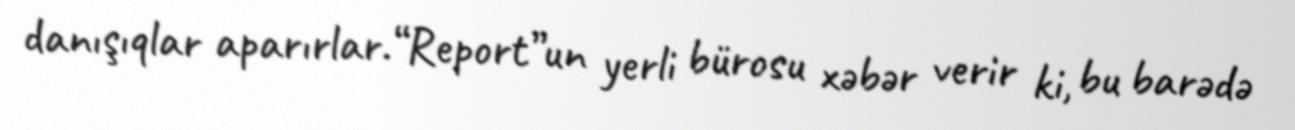
danışıqlar aparırlar.“Report”un yerli bürosu xəbər verir ki, bu barədə